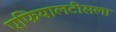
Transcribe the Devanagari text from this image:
एफियालटीसला